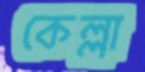
কেল্লা